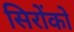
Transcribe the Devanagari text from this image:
सिरोंको